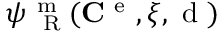
\psi _ { \mathrm { ~ \tiny ~ R ~ } } ^ { \mathrm { ~ m ~ } } ( { \bf C } ^ { \mathrm { ~ e ~ } } , \xi , \mathrm { ~ d ~ } )